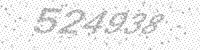
Solution: 524938